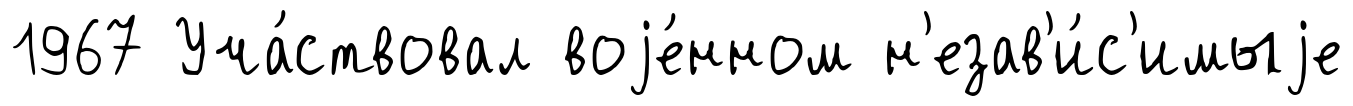
1967 Уча́ствовал воjе́нном н'езав'и́с'имыjе